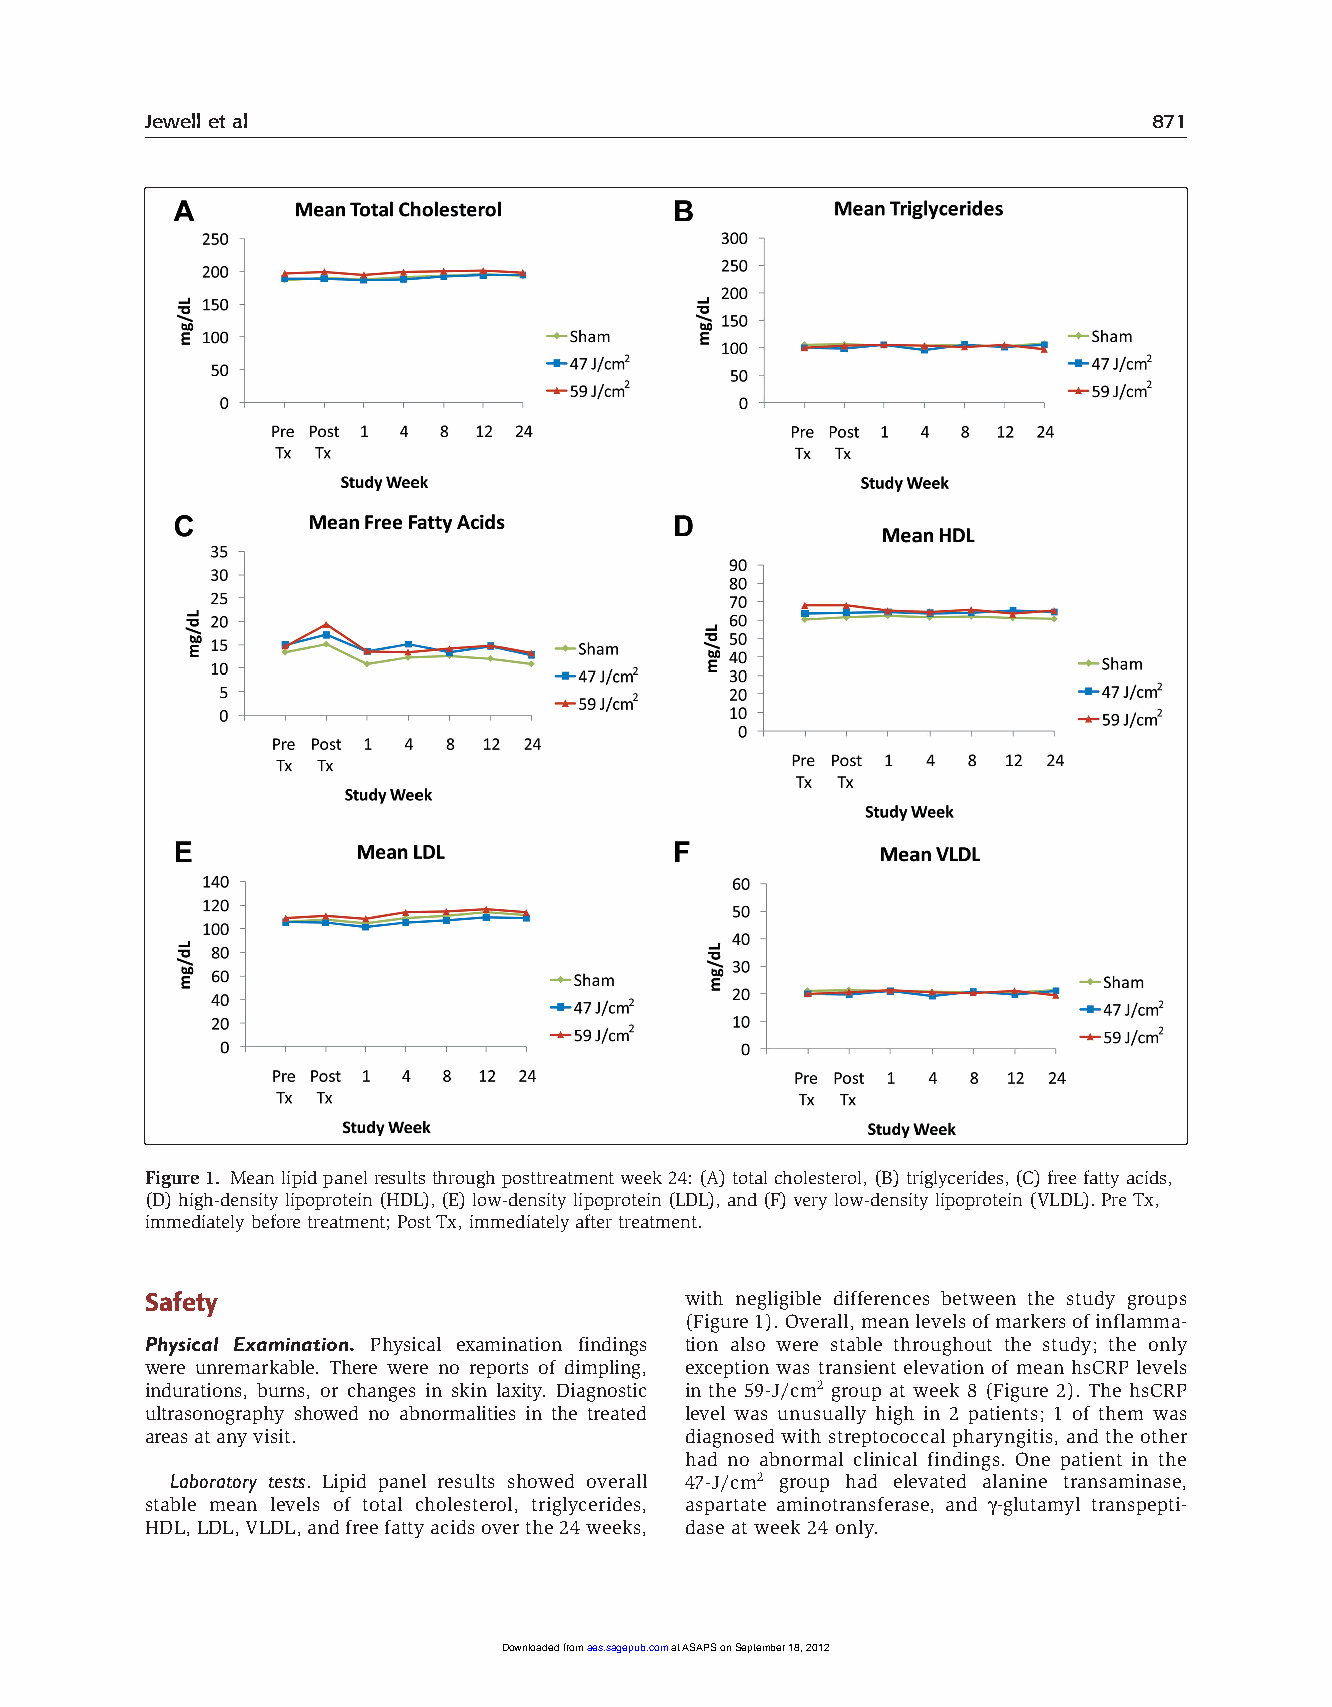
Jewell et al                                                      871
 Figure 1. Mean lipid panel results through posttreatment week 24: (A) total cholesterol, (B) triglycerides, (C) free fatty acids,
 (D) high-density lipoprotein (HDL), (E) low-density lipoprotein (LDL), and (F) very low-density lipoprotein (VLDL). Pre Tx,
 immediately before treatment; Post Tx, immediately after treatment.
 Safety                             with negligible differences between the study groups
 (Figure 1). Overall, mean levels of markers of inflamma-
 Physical Examination. Physical examination findings tion also were stable throughout the study; the only
 were unremarkable. There were no reports of dimpling, exception was transient elevation of mean hsCRP levels
 indurations, burns, or changes in skin laxity. Diagnostic in the 59-J/cm2 group at week 8 (Figure 2). The hsCRP
 ultrasonography showed no abnormalities in the treated level was unusually high in 2 patients; 1 of them was
 areas at any visit.                diagnosed with streptococcal pharyngitis, and the other
 had no abnormal clinical findings. One patient in the
 Laboratory tests. Lipid panel results showed overall 47-J/cm2 group had elevated alanine transaminase,
 stable mean levels of total cholesterol, triglycerides, aspartate aminotransferase, and γ-glutamyl transpepti-
 HDL, LDL, VLDL, and free fatty acids over the 24 weeks, dase at week 24 only.
 Downloaded from aes.sagepub.com at ASAPS on September 18, 2012